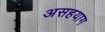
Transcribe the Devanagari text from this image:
असहयाग